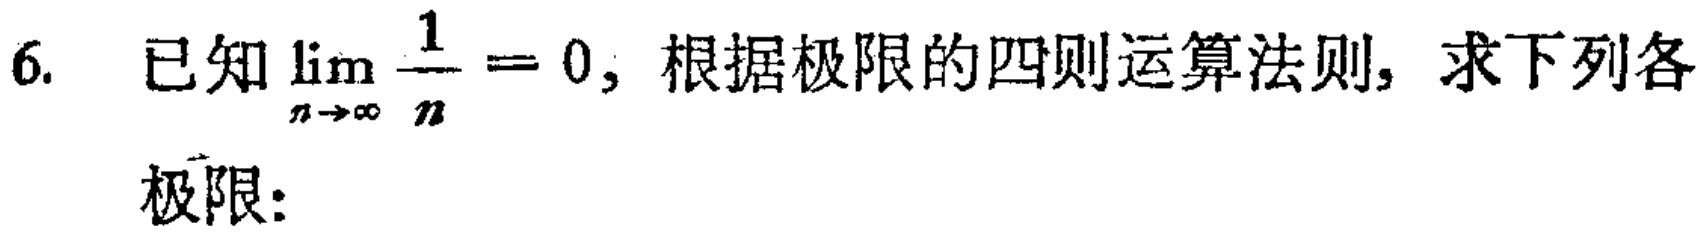
已知$\lim_{n \to \infty} \frac{1}{n}=0$，根据极限的四则运算法则，求下列各

极限：